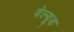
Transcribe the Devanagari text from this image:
वेल्यूड